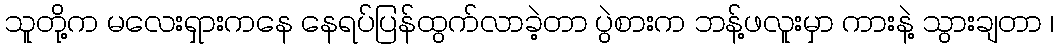
သူတို့က မလေးရှားကနေ နေရပ်ပြန်ထွက်လာခဲ့တာ ပွဲစားက ဘန့်ဖလူးမှာ ကားနဲ့ သွားချတာ ၊